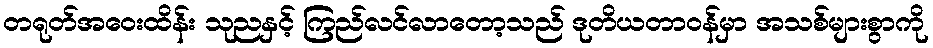
တရုတ်အဝေးထိန်း သုညနှင့် ကြည်လင်လာတော့သည် ဒုတိယတာဝန်မှာ အသစ်များစွာကို